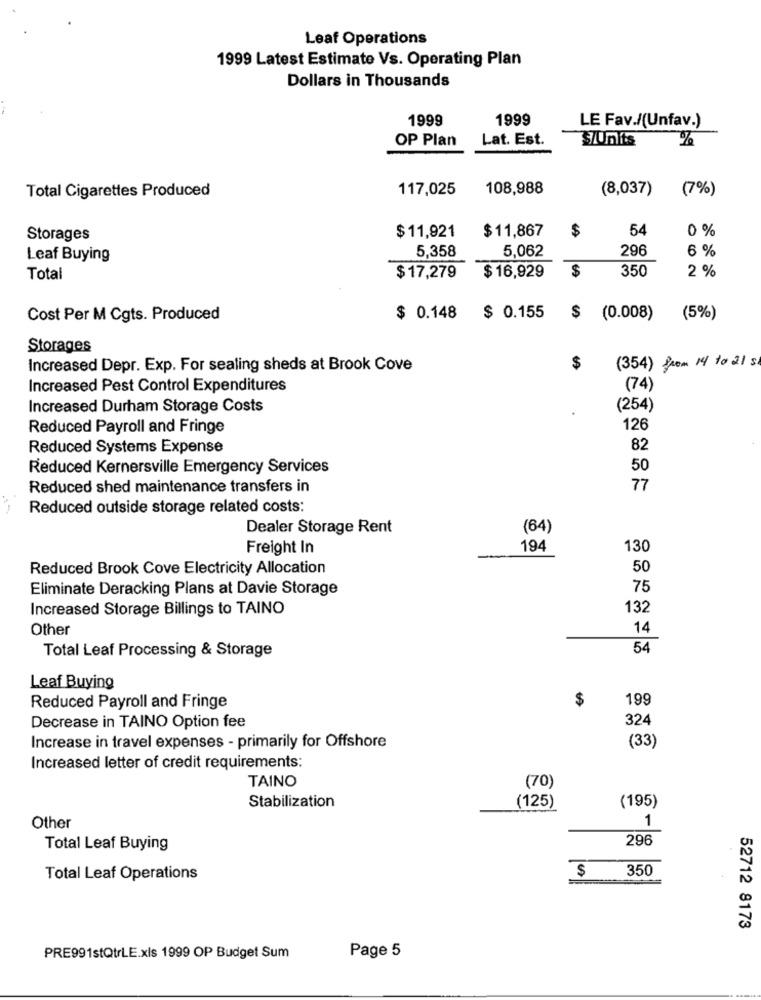
Leaf Operations
1999 Latest Estimate Vs. Operating Plan
Dollars in Thousands
1999
1999
LE Fav./(Unfav.)
OP Plan
Lat. Est.
S/Units
Total Cigarettes Produced
117,025
108,988
(8,037)
(7%)
$
54
Storages
$11,921
$11,867
0 %
5,358
5,062
296
6 %
Leaf Buying
350
2 %
Total
$17,279
$ 16,929
$
Cost Per M Cgts. Produced
$ 0.148 $ 0.155
$ (0.008)
(5%)
Storages
(354) from 14 to 21 s
Increased Depr. Exp. For sealing sheds at Brook Cove
$
Increased Pest Control Expenditures
(74)
Increased Durham Storage Costs
(254)
Reduced Payroll and Fringe
126
Reduced Systems Expense
82
Reduced Kernersville Emergency Services
50
Reduced shed maintenance transfers in
77
Reduced outside storage related costs:
Dealer Storage Rent
(64)
Freight In
194
130
Reduced Brook Cove Electricity Allocation
50
Eliminate Deracking Plans at Davie Storage
75
Increased Storage Billings to TAINO
132
Other
14
Total Leaf Processing & Storage
54
Leaf Buying
$
199
Reduced Payroll and Fringe
324
Decrease in TAINO Option fee
Increase in travel expenses - primarily for Offshore
(33)
Increased letter of credit requirements:
TAINO
(70)
Stabilization
(195)
(125)
1
Other
296
Total Leaf Buying
350
Total Leaf Operations
$
52712 8173
PRE991stQtrLE.xls 1999 OP Budget Sum
Page 5